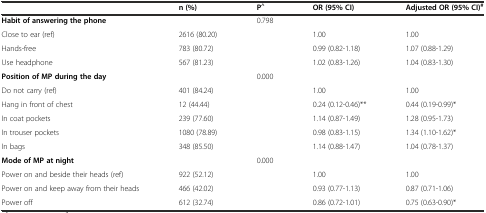
|  | n (%) | P^ | OR (95% CI) | Adjusted OR (95% CI)# |
 | --- | --- | --- | --- | --- |
 | Habit of answering the phone |  | 0.798 |  |  |
 | Close to ear (ref) | 2616 (80.20) |  | 1.00 | 1.00 |
 | Hands-free | 783 (80.72) |  | 0.99 (0.82-1.18) | 1.07 (0.88-1.29) |
 | Use headphone | 567 (81.23) |  | 1.02 (0.83-1.26) | 1.04 (0.83-1.30) |
 | Position of MP during the day |  | 0.000 |  |  |
 | Do not carry (ref) | 401 (84.24) |  | 1.00 | 1.00 |
 | Hang in front of chest | 12 (44.44) |  | 0.24 (0.12-0.46)** | 0.44 (0.19-0.99)* |
 | In coat pockets | 239 (77.60) |  | 1.14 (0.87-1.49) | 1.28 (0.95-1.73) |
 | In trouser pockets | 1080 (78.89) |  | 0.98 (0.83-1.15) | 1.34 (1.10-1.62)* |
 | In bags | 348 (85.50) |  | 1.14 (0.88-1.47) | 1.04 (0.78-1.37) |
 | Mode of MP at night |  | 0.000 |  |  |
 | Power on and beside their heads (ref) | 922 (52.12) |  | 1.00 | 1.00 |
 | Power on and keep away from their heads | 466 (42.02) |  | 0.93 (0.77-1.13) | 0.87 (0.71-1.06) |
 | Power off | 612 (32.74) |  | 0.86 (0.72-1.01) | 0.75 (0.63-0.90)* |